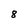
Character: 8